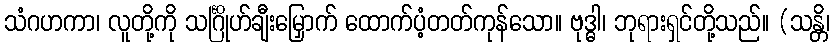
သံဂဟကာ၊ လူတို့ကို သင်္ဂြိုဟ်ချီးမြှောက် ထောက်ပံ့တတ်ကုန်သော။ ဗုဒ္ဓါ၊ ဘုရားရှင်တို့သည်။ (သန္တိ၊